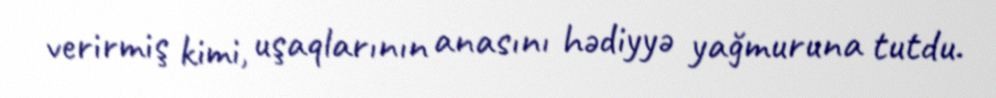
verirmiş kimi, uşaqlarının anasını hədiyyə yağmuruna tutdu.